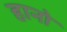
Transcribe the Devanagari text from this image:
हानो